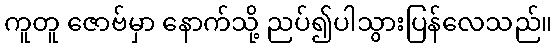
ကူတူ ဇောဗ်မှာ နောက်သို့ ညပ်၍ပါသွားပြန်လေသည်။